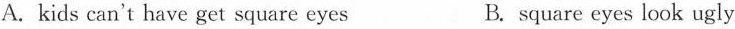
A. kids can't have get square eyes B. square eyes look ugly